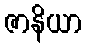
ဇာနိယာ